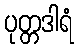
ပုတ္တဒါရံ